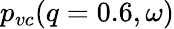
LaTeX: p_{vc}(q=0.6,\omega)